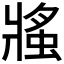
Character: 𧌜